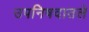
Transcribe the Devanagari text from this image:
उपनिषदातले